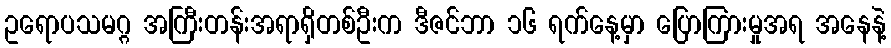
ဥရောပသမဂ္ဂ အကြီးတန်းအရာရှိတစ်ဦးက ဒီဇင်ဘာ ၁၆ ရက်နေ့မှာ ပြောကြားမှုအရ အနေနဲ့